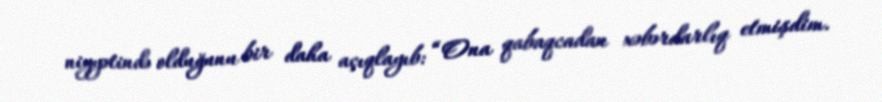
niyyətində olduğunu bir daha açıqlayıb: “Ona qabaqcadan xəbərdarlıq etmişdim.